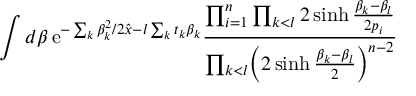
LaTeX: \int d \beta \, \mathrm { e } ^ { - \sum _ { k } \beta _ { k } ^ { 2 } / 2 \hat { x } - l \sum _ { k } t _ { k } \beta _ { k } } { \frac { \prod _ { i = 1 } ^ { n } \prod _ { k < l } 2 \sinh { \frac { \beta _ { k } - \beta _ { l } } { 2 p _ { i } } } } { \prod _ { k < l } \Bigl ( 2 \sinh { \frac { \beta _ { k } - \beta _ { l } } { 2 } } \Bigr ) ^ { n - 2 } } }